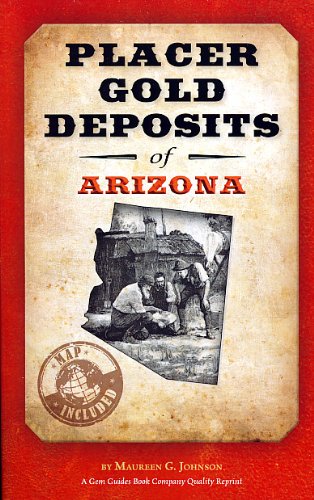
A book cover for Placer Gold Deposits of Arizona; Maureen G. Johnson; Science & Math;